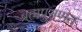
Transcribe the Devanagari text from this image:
ब्रह्मपुराणत